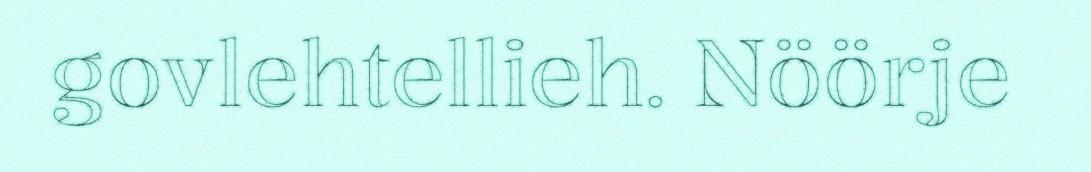
govlehtellieh. Nöörje